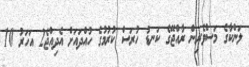
ލަންކާގެ މަސްވެރިން ރާއްޖޭގެ ކަނޑު ހުރަސް ކުރުމުގެ ހުއްދައަށް އެދިއްޖެ2 އަހަރު 10